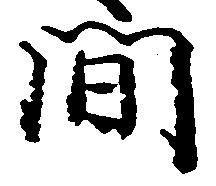
間